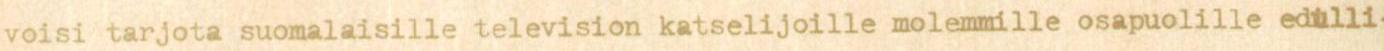
voisi tarjota suomalaisille television katselijoille molemmille osapuolille edulli